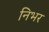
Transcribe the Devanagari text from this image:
निभर